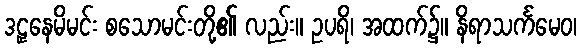
ဒဠှနေမိမင်း စသောမင်းတို့၏ လည်း။ ဥပရိ၊ အထက်၌။ နိရာသင်္ကမေဝ၊